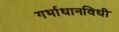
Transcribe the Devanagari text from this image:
गर्भाधानविधी